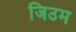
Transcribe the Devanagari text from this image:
जिउम